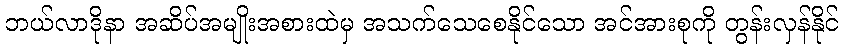
ဘယ်လာဒိုနာ အဆိပ်အမျိုးအစားထဲမှ အသက်သေစေနိုင်သော အင်အားစုကို တွန်းလှန်နိုင်